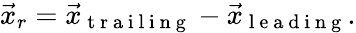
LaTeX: \vec{x}_{r}=\vec{x}_{\mathrm{~t~r~a~i~l~i~n~g~}}-\vec{x}_{\mathrm{~l~e~a~d~i~n~g~}}.